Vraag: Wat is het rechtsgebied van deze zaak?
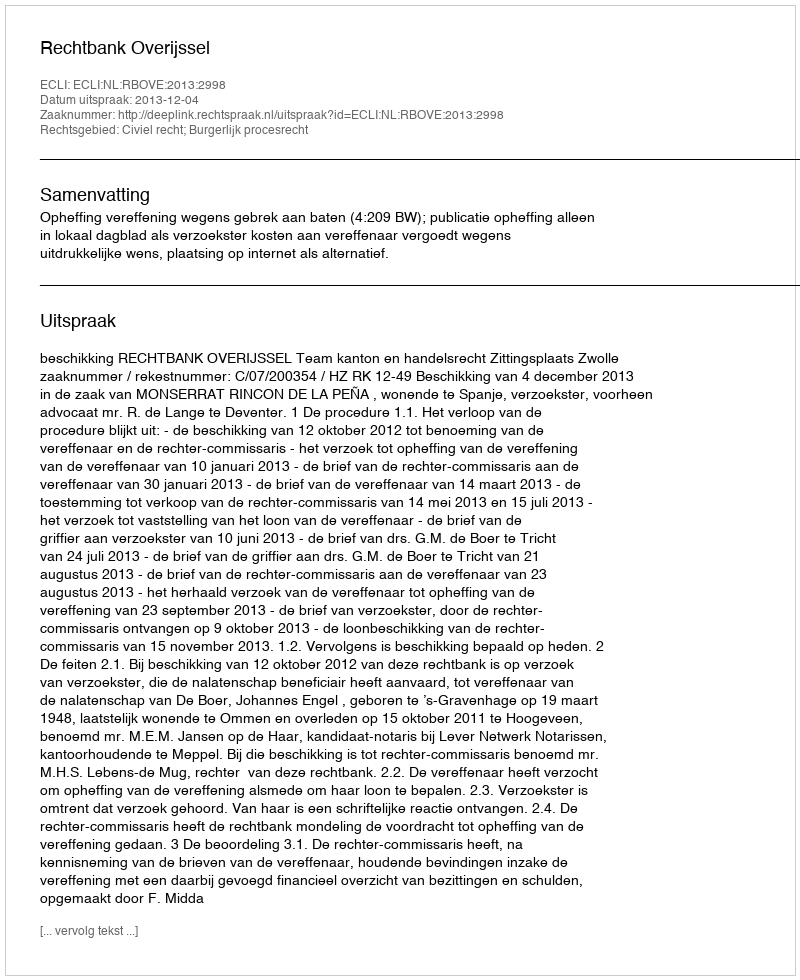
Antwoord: Civiel recht; Burgerlijk procesrecht